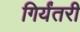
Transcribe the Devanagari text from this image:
गिर्यंतरी